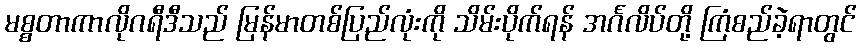
မစ္စတာကာလိုဂရီဒီသည် မြန်မာတစ်ပြည်လုံးကို သိမ်းပိုက်ရန် အင်္ဂလိပ်တို့ ကြံစည်ခဲ့ရာတွင်